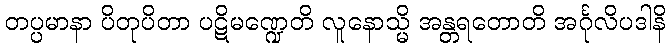
တပ္ပမာနာ ပိတုပိတာ ပဋိမဏ္ဍေတိ လူနောသ္မိ အန္တရတောတိ အင်္ဂုလိပဒါနိ